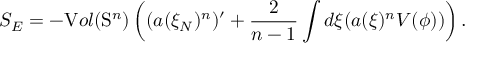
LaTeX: S _ { E } = - { \textnormal V o l } ( \mathrm { S } ^ { n } ) \left( ( a ( \xi _ { N } ) ^ { n } ) ^ { \prime } + \frac { 2 } { n - 1 } \int d \xi ( a ( \xi ) ^ { n } { \cal V } ( \phi ) ) \right) .